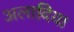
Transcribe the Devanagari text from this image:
अलादिया